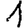
Digit: 1